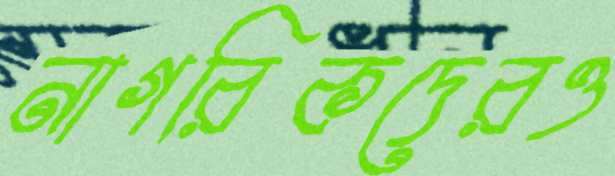
নাগরিকদেরও